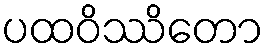
ပထဝိဿိတော